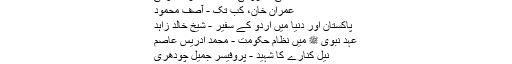
- قادر خان یوسف زئی - Daleel.Pk
ذاتی محرومی- محمد عامر خاکوانی
عمران خان، کب تک - آصف محمود
پاکستان اور دنیا میں اردو کے سفیر - شیخ خالد زاہد
عہد نبوی ﷺ میں نظامِ حکومت - محمد ادریس عاصم
نیل کنارے کا شہید - پروفیسر جمیل چودھری
خود کفالت - مفتی منیب الرحمن
میرے پاس کون ہے؟